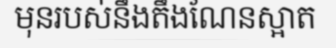
មុនរបស់នឹងតឹងណែនស្អាត